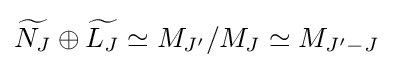
{\widetilde {N_{J}}}\oplus {\widetilde {L_{J}}}\simeq M_{J'}/M_{J}\simeq M_{J'-J}